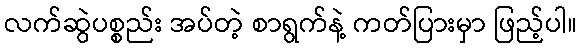
လက်ဆွဲပစ္စည်း အပ်တဲ့ စာရွက်နဲ့ ကတ်ပြားမှာ ဖြည့်ပါ။